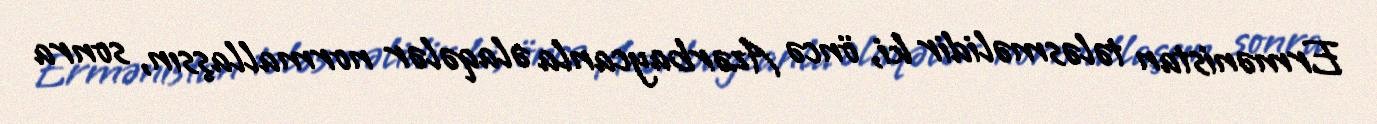
Ermənistan tələsməlidir ki, öncə Azərbaycanla əlaqələr normallaşsın, sonra